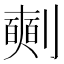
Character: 𠠘